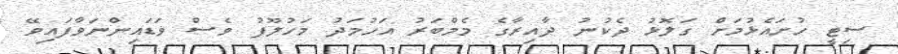
ސިޓީ ހުށައެޅުމަށް ގަލޮޅު ދެކުނު ދާއިރާގެ މެމްބަރު އަހުމަދު މަހުލޫފު ވެސް ވަޑައިންނަވާފައިވޭ